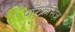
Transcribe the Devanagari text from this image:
पेरिफ्रेसिज़